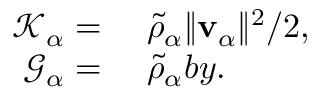
\begin{array} { r l } { \mathscr { K } _ { \alpha } = } & { { } ~ \tilde { \rho } _ { \alpha } \| \mathbf { v } _ { \alpha } \| ^ { 2 } / 2 , } \\ { \mathscr { G } _ { \alpha } = } & { { } ~ \tilde { \rho } _ { \alpha } b y . } \end{array}